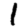
Digit: 1